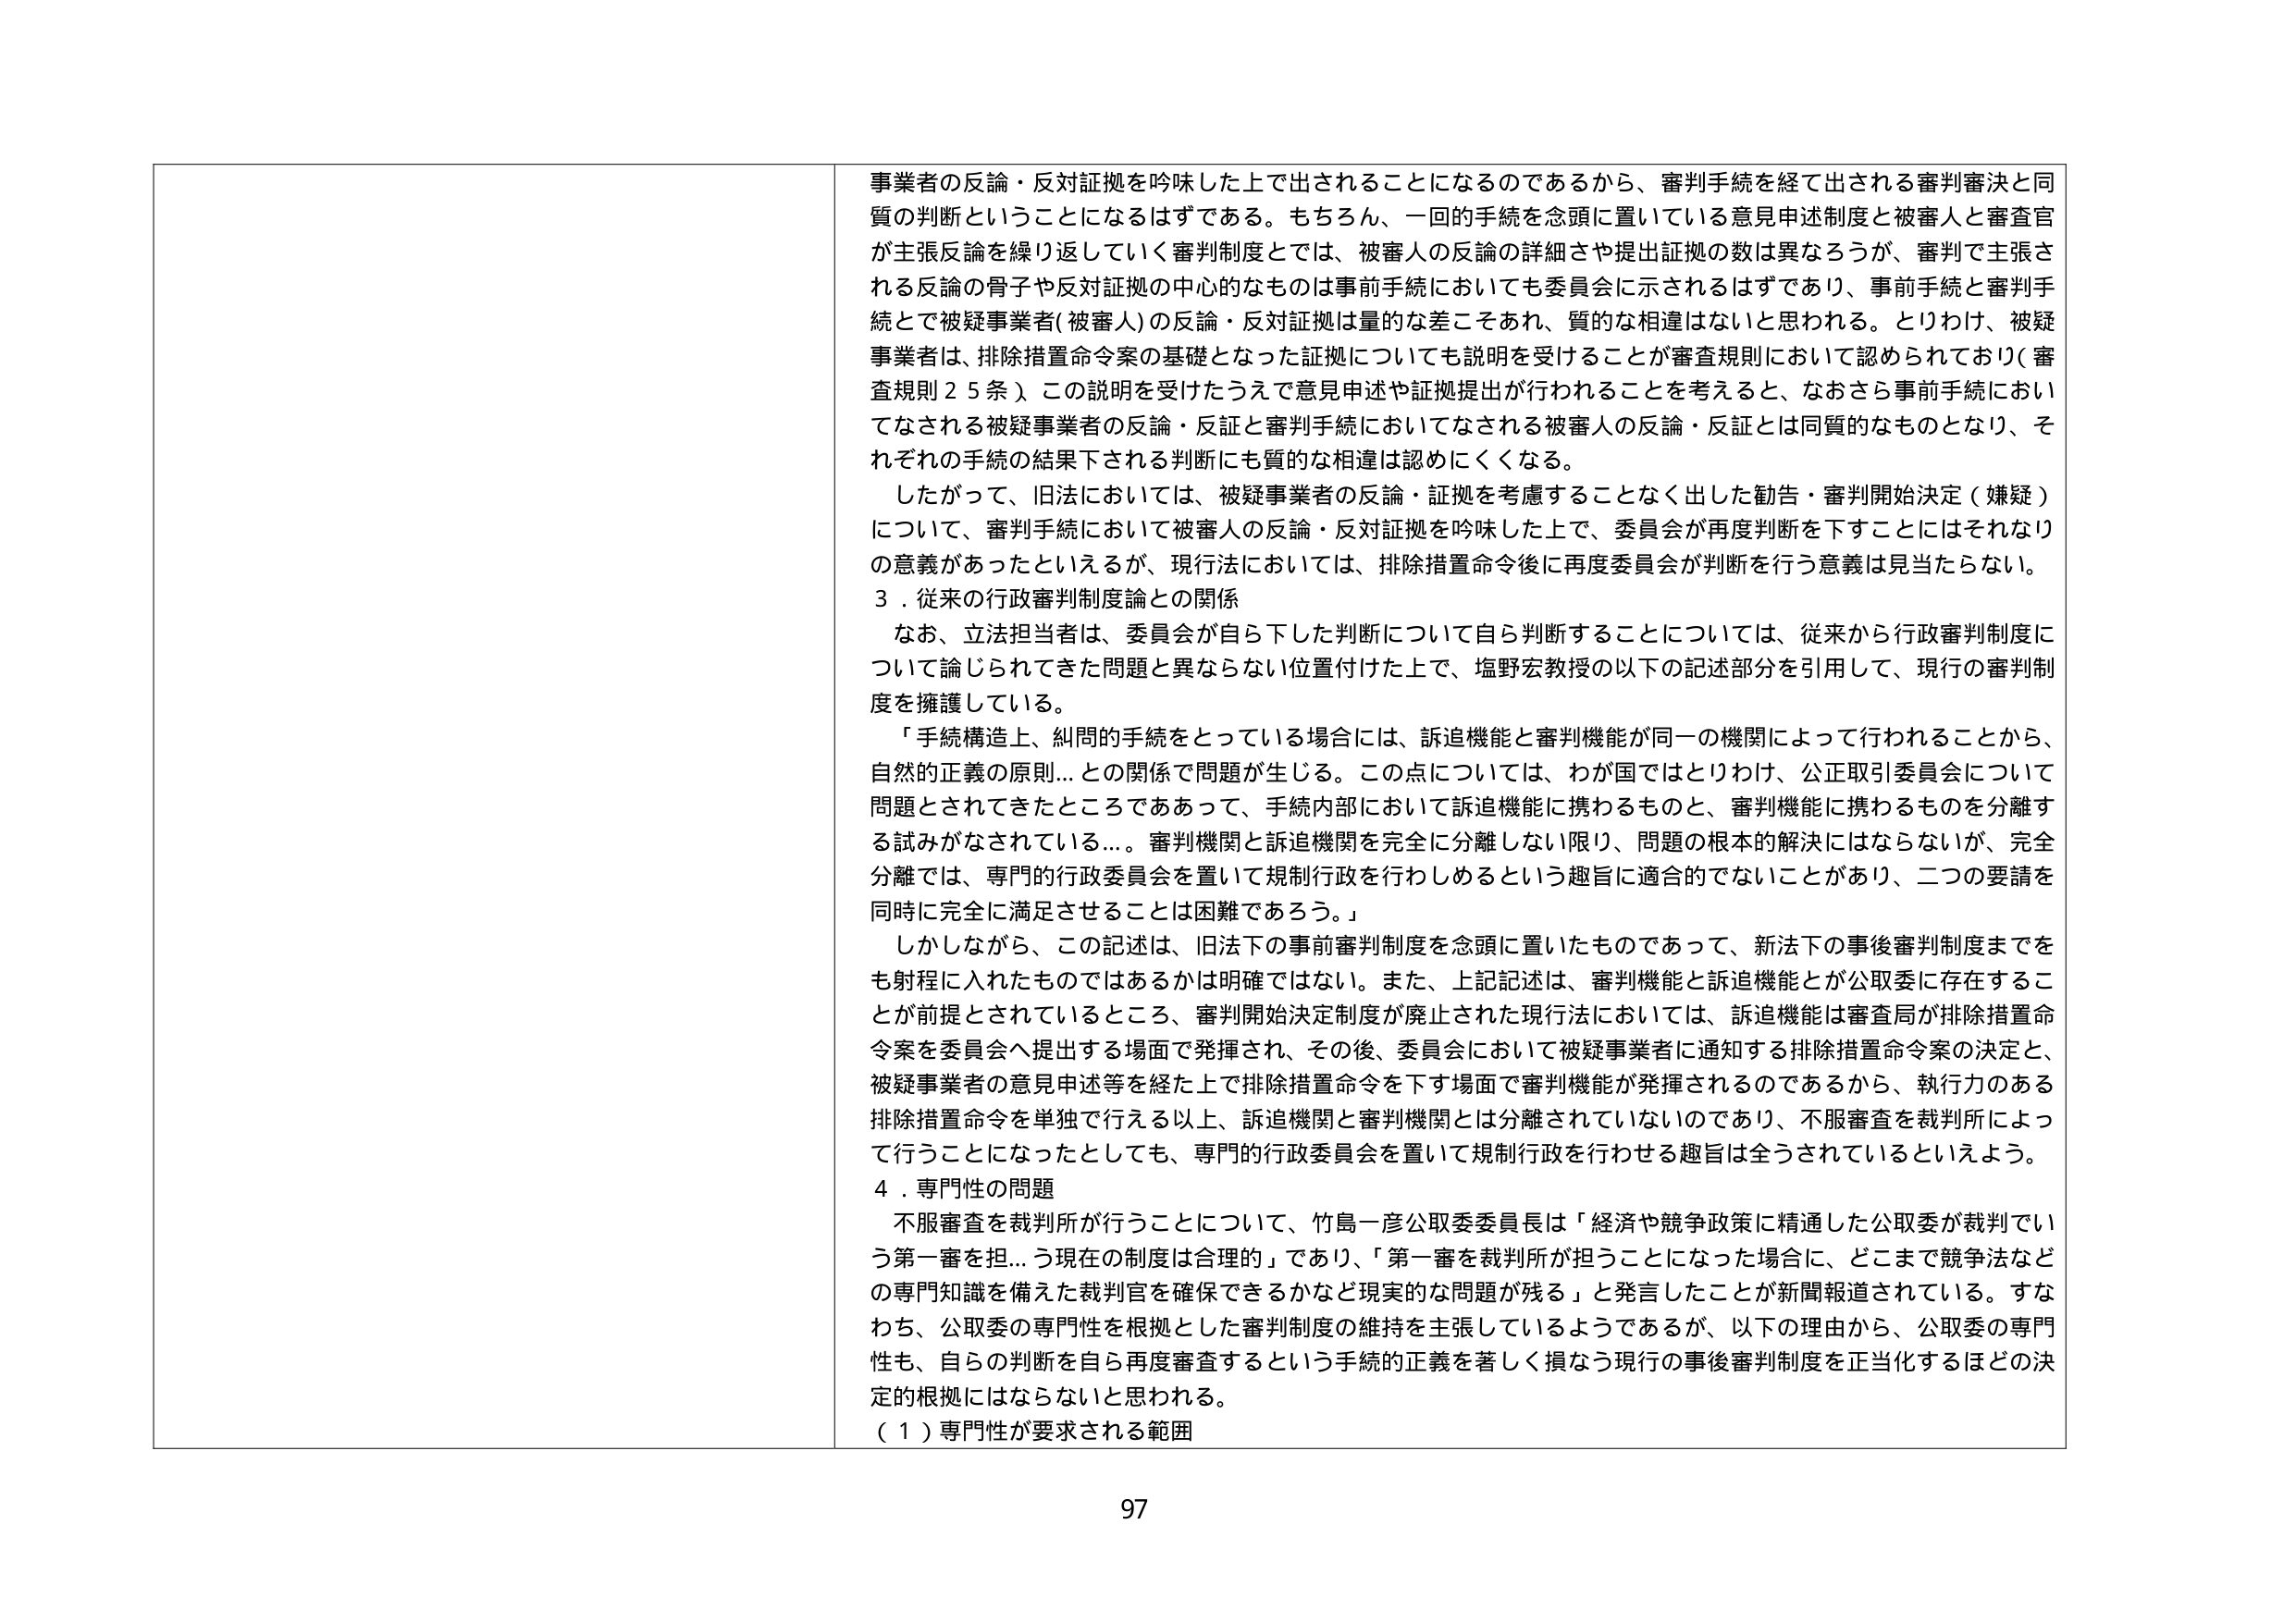
事業者の反論・反対証拠を吟味した上で出されることになるのであるから、審判手続を経て出される審判審決と同質の判断ということになるはずである。もちろん、一回的手続を念頭に置いている意見申述制度と被審人と審査官が主張反論を繰り返していく審判制度とでは、被審人の反論の詳細さや提出証拠の数は異なるろうが、審判で主張される反論の骨子や反対証拠の中心的なものは事前手続においても委員会に示されるはずであり、事前手続と審判手続とで被疑事業者(被審人)の反論・反対証拠は量的な差こそあれ、質的な相違はないと思われる。とりわけ、被疑事業者は、排除措置命令案の基礎となった証拠についても説明を受けることが審査規則において認められており(審査規則25条)、この説明を受けたうえで意見申述や証拠提出が行われることを考えると、なおさら事前手続においてなされる被疑事業者の反論・反証と審判手続においてなされる被審人の反論・反証とは同質なものとなり、それぞれの手続の結果下される判断にも質的な相違は認めにくくなる。

したがって、旧法においては、被疑事業者の反論・証拠を考慮することなく出した勧告・審判開始決定(嫌疑)について、審判手続において被審人の反論・反対証拠を吟味した上で、委員会が再度判断を下すことにはそれなりの意義があったといえるが、現行法においては、排除措置命令後に再度委員会が判断を行う意義は見当たらない。

3．従来の行政審判制度論との関係

なお、立法担当者は、委員会が自ら下した判断について自ら判断することについては、従来から行政審判制度について論じられてきた問題と異ならない位置付けた上で、塩野宏教授の以下の記述部分を引用して、現行の審判制度を擁護している。

「手続構造上、紛問の手続をとっている場合には、訴追機能と審判機能が同一の機関によって行われることから、自然的正義の原則…との関係で問題が生じる。この点については、わが国ではとりわけ、公正取引委員会について問題とされてきたところであって、手続内部において訴追機能に携わるものと、審判機能に携わるものを分離する試みがなされている…。審判機関と訴追機関を完全に分離しない限り、問題の根本的解決にはならないが、完全分離では、専門的行政委員会を置いて規制行政を行わしめるという趣旨に適合的でないことがあり、二つの要請を同時に完全に満足させることは困難であろう。」

しかしながら、この記述は、旧法下の事前審判制度を念頭に置いたものであって、新法下の事後審判制度までをも射程に入れたものではあるかは明確ではない。また、上記記述は、審判機能と訴追機能とが公取委に存在することが前提とされているところ、審判開始決定制度が廃止された現行法においては、訴追機能は審査局が排除措置命令案を委員会へ提出する場面で発揮され、その後、委員会において被疑事業者に通知する排除措置命令案の決定と、被疑事業者の意見申述等を経た上で排除措置命令を下す場面で審判機能が発揮されるのであるから、執行力のある排除措置命令を単独で行える以上、訴追機関と審判機関とは分離されていないのであり、不服審査を裁判所によって行うことになったとしても、専門的行政委員会を置いて規制行政を行わせる趣旨は全うされているといえよう。

4．専門性の問題

不服審査を裁判所が行うことについて、竹島一彦公取委委員長は「経済や競争政策に精通した公取委が裁判でいう第一審を担…う現在の制度は合理的」であり、「第一審を裁判所が担うことになった場合に、どこまで競争法などの専門知識を備えた裁判官を確保できるかなど現実的な問題が残る」と発言したことが新聞報道されている。すなわち、公取委の専門性を根拠とした審判制度の維持を主張しているようであるが、以下の理由から、公取委の専門性も、自らの判断を自ら再度審査するという手続的正義を著しく損なう現行の事後審判制度を正当化するほどの決定的根拠にはならないと思われる。

(1) 専門性が要求される範囲

97